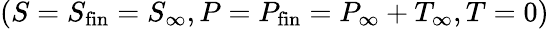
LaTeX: (S=S_{\mathrm{fin}}=S_{\infty},P=P_{\mathrm{fin}}=P_{\infty}+T_{\infty},T=0)